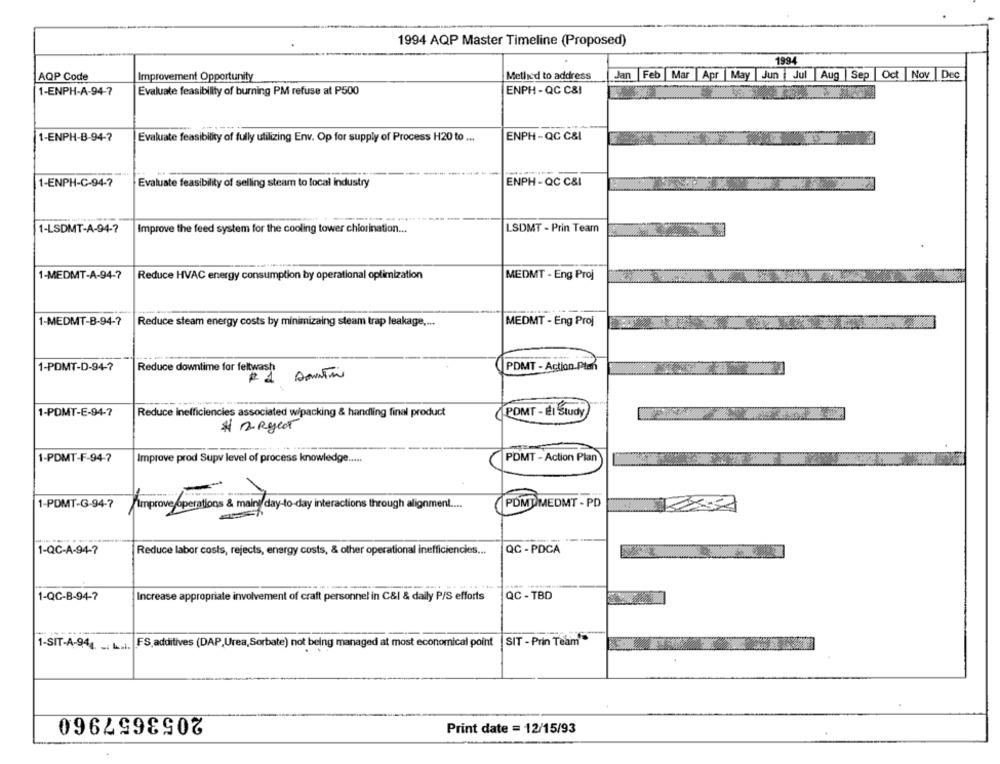
1994 AQP Master Timeline (Proposed)
1994
AQP Code
Improvement Opportunity
Method to address
Jan Feb |Mar |Apr |May Jun Jul Aug Sep Oct Nov |Dec
1-ENPH-A-94-7
Evaluate feasibility of burning PM refuse at P500
ENPH -QC C&I
1-ENPH-B-94-7
Evaluate feasibility of fully utilizing Env. Op for supply of Process H20 to ...
ENPH-QC C&I
1-ENPH-C-94-7
Evaluate feasibility of selling steam to local Industry
ENPH- QC C&I
1-LSDMT-A-94-7
Improve the feed system for the cooling tower chlorination ...
LSDMT - Prin Team
1-MEDMT-A-94-7
MEDMT - Eng Proj
Reduce HVAC energy consumption by operational optimization
1-MEDMT-B-94-7
Reduce steam energy costs by minimizaing steam trap leakage ....
MEDMT - Eng Proj
1-PDMT-D-94-7
PDMT - Action.Plan
Reduce downtime for feltwash
1-PDMT-E-94-7
(POMT - El Study
Reduce inefficiencies associated wipacking & handling final product
# 2 Rycer
1-PDMT-F-94-7
Improve prod Supv level of process knowledge .....
PDMT - Action Plan
/
1-PDMT-G-94-7
PDMU MEDMT - PD
improve/operations & main day-to-day interactions through alignment ....
1-QC-A-94-7
Reduce labor costs, rejects, energy costs, & other operational inefficiencies ...
QC - PDCA
1-QC-B-94-7
Increase appropriate involvement of craft personnel in C&I & daily P/S efforts
QC - TBD
SIT - Prin Team
1-SIT-A-944. .. .. ).
FS additives (DAP,Urea, Sorbate) not being managed at most economical point
2053657960
Print date = 12/15/93